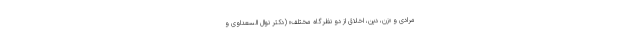
مرادی و «زن، دین، اخلاق از دو نظرگاه مختلف» (دکتر نوال السعداوی و